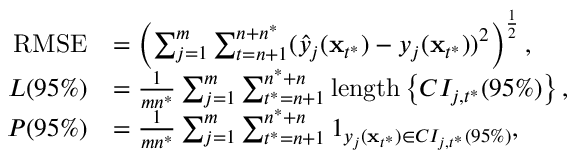
\begin{array} { r l } { \mathrm { R M S E } } & { = \left( { { \sum _ { j = 1 } ^ { m } \sum _ { t = n + 1 } ^ { n + n ^ { * } } ( \hat { y } _ { j } ( \mathbf x _ { t ^ { * } } ) - y _ { j } ( \mathbf x _ { t ^ { * } } ) ) ^ { 2 } } } \right) ^ { \frac { 1 } { 2 } } , } \\ { L ( 9 5 \% ) } & { = \frac { 1 } { m n ^ { * } } \sum _ { j = 1 } ^ { m } \sum _ { t ^ { * } = n + 1 } ^ { n ^ { * } + n } \mathrm { l e n g t h } \left\{ C I _ { j , t ^ { * } } ( 9 5 \% ) \right\} , } \\ { P ( 9 5 \% ) } & { = \frac { 1 } { m n ^ { * } } \sum _ { j = 1 } ^ { m } \sum _ { t ^ { * } = n + 1 } ^ { n ^ { * } + n } 1 _ { y _ { j } ( \mathbf x _ { t ^ { * } } ) \in C I _ { j , t ^ { * } } ( 9 5 \% ) } , } \end{array}